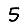
Digit: 5